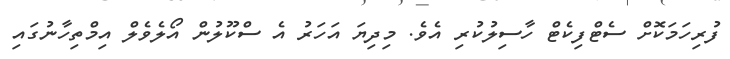
ފުރިހަމަކޮށް ސެޓްފިކެޓް ހާސިލުކުރި އެވެ. މިދިޔަ އަހަރު އެ ސްކޫލުން އޯލެވެލް އިމްތިހާނުގައި